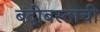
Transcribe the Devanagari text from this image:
बंदोबस्ताची